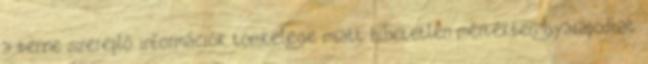
a benne szereplő információk tömkelege miatt hihetetlen mértékben gyarapodhat